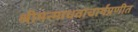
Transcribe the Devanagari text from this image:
श्रीमन्माधवाचार्यप्रणीत